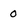
Character: 0